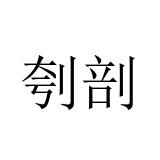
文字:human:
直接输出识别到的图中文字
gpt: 刳剖